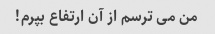
من می ترسم از آن ارتفاع بپرم!